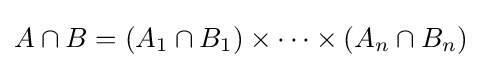
A\cap B=(A_{1}\cap B_{1})\times \dots \times (A_{n}\cap B_{n})